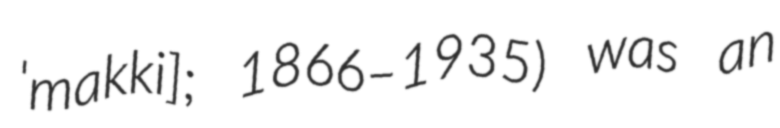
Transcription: ˈmakki]; 1866–1935) was an